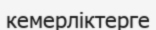
кемерліктерге